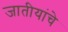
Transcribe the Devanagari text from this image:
जातीयांचे